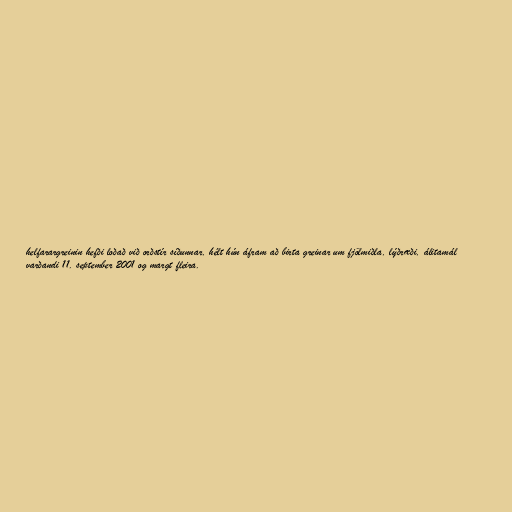
helfarargreinin hefði loðað við orðstír síðunnar, hélt hún áfram að birta greinar um fjölmiðla, lýðræði, álitamál
varðandi 11. september 2001 og margt fleira.